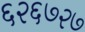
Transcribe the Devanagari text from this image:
६२६७२७